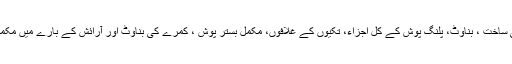
آپکا پلنگ پوش کے کپڑے کی ساخت ، بناوٹ، پلنگ پوش کے کُل اجزاء، تکیوں کے غلافوں، مکمل بستر پوش ، کمرے کی بناوٹ اور آرائش کے بارے میں مکمل طور پر جاننا ضروری ہے۔